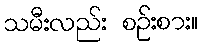
သမီးလည်း စဉ်းစား။